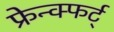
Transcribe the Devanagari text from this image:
फ्रेन्क्फर्ट्